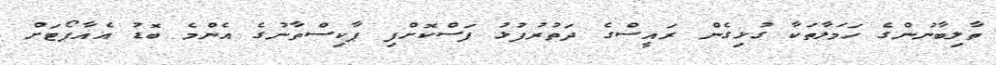
ތާލިބާނުންގެ ހަމަލާތަކާ ގުޅިގެން ރައީސްގެ ދަތުރުފުޅު ފަސްކޮށްފި ޕާކިސްތާނުގެ އެންމެ ބޮޑު އެއާޕޯޓަށް